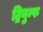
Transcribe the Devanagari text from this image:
ट्रियुम्फ